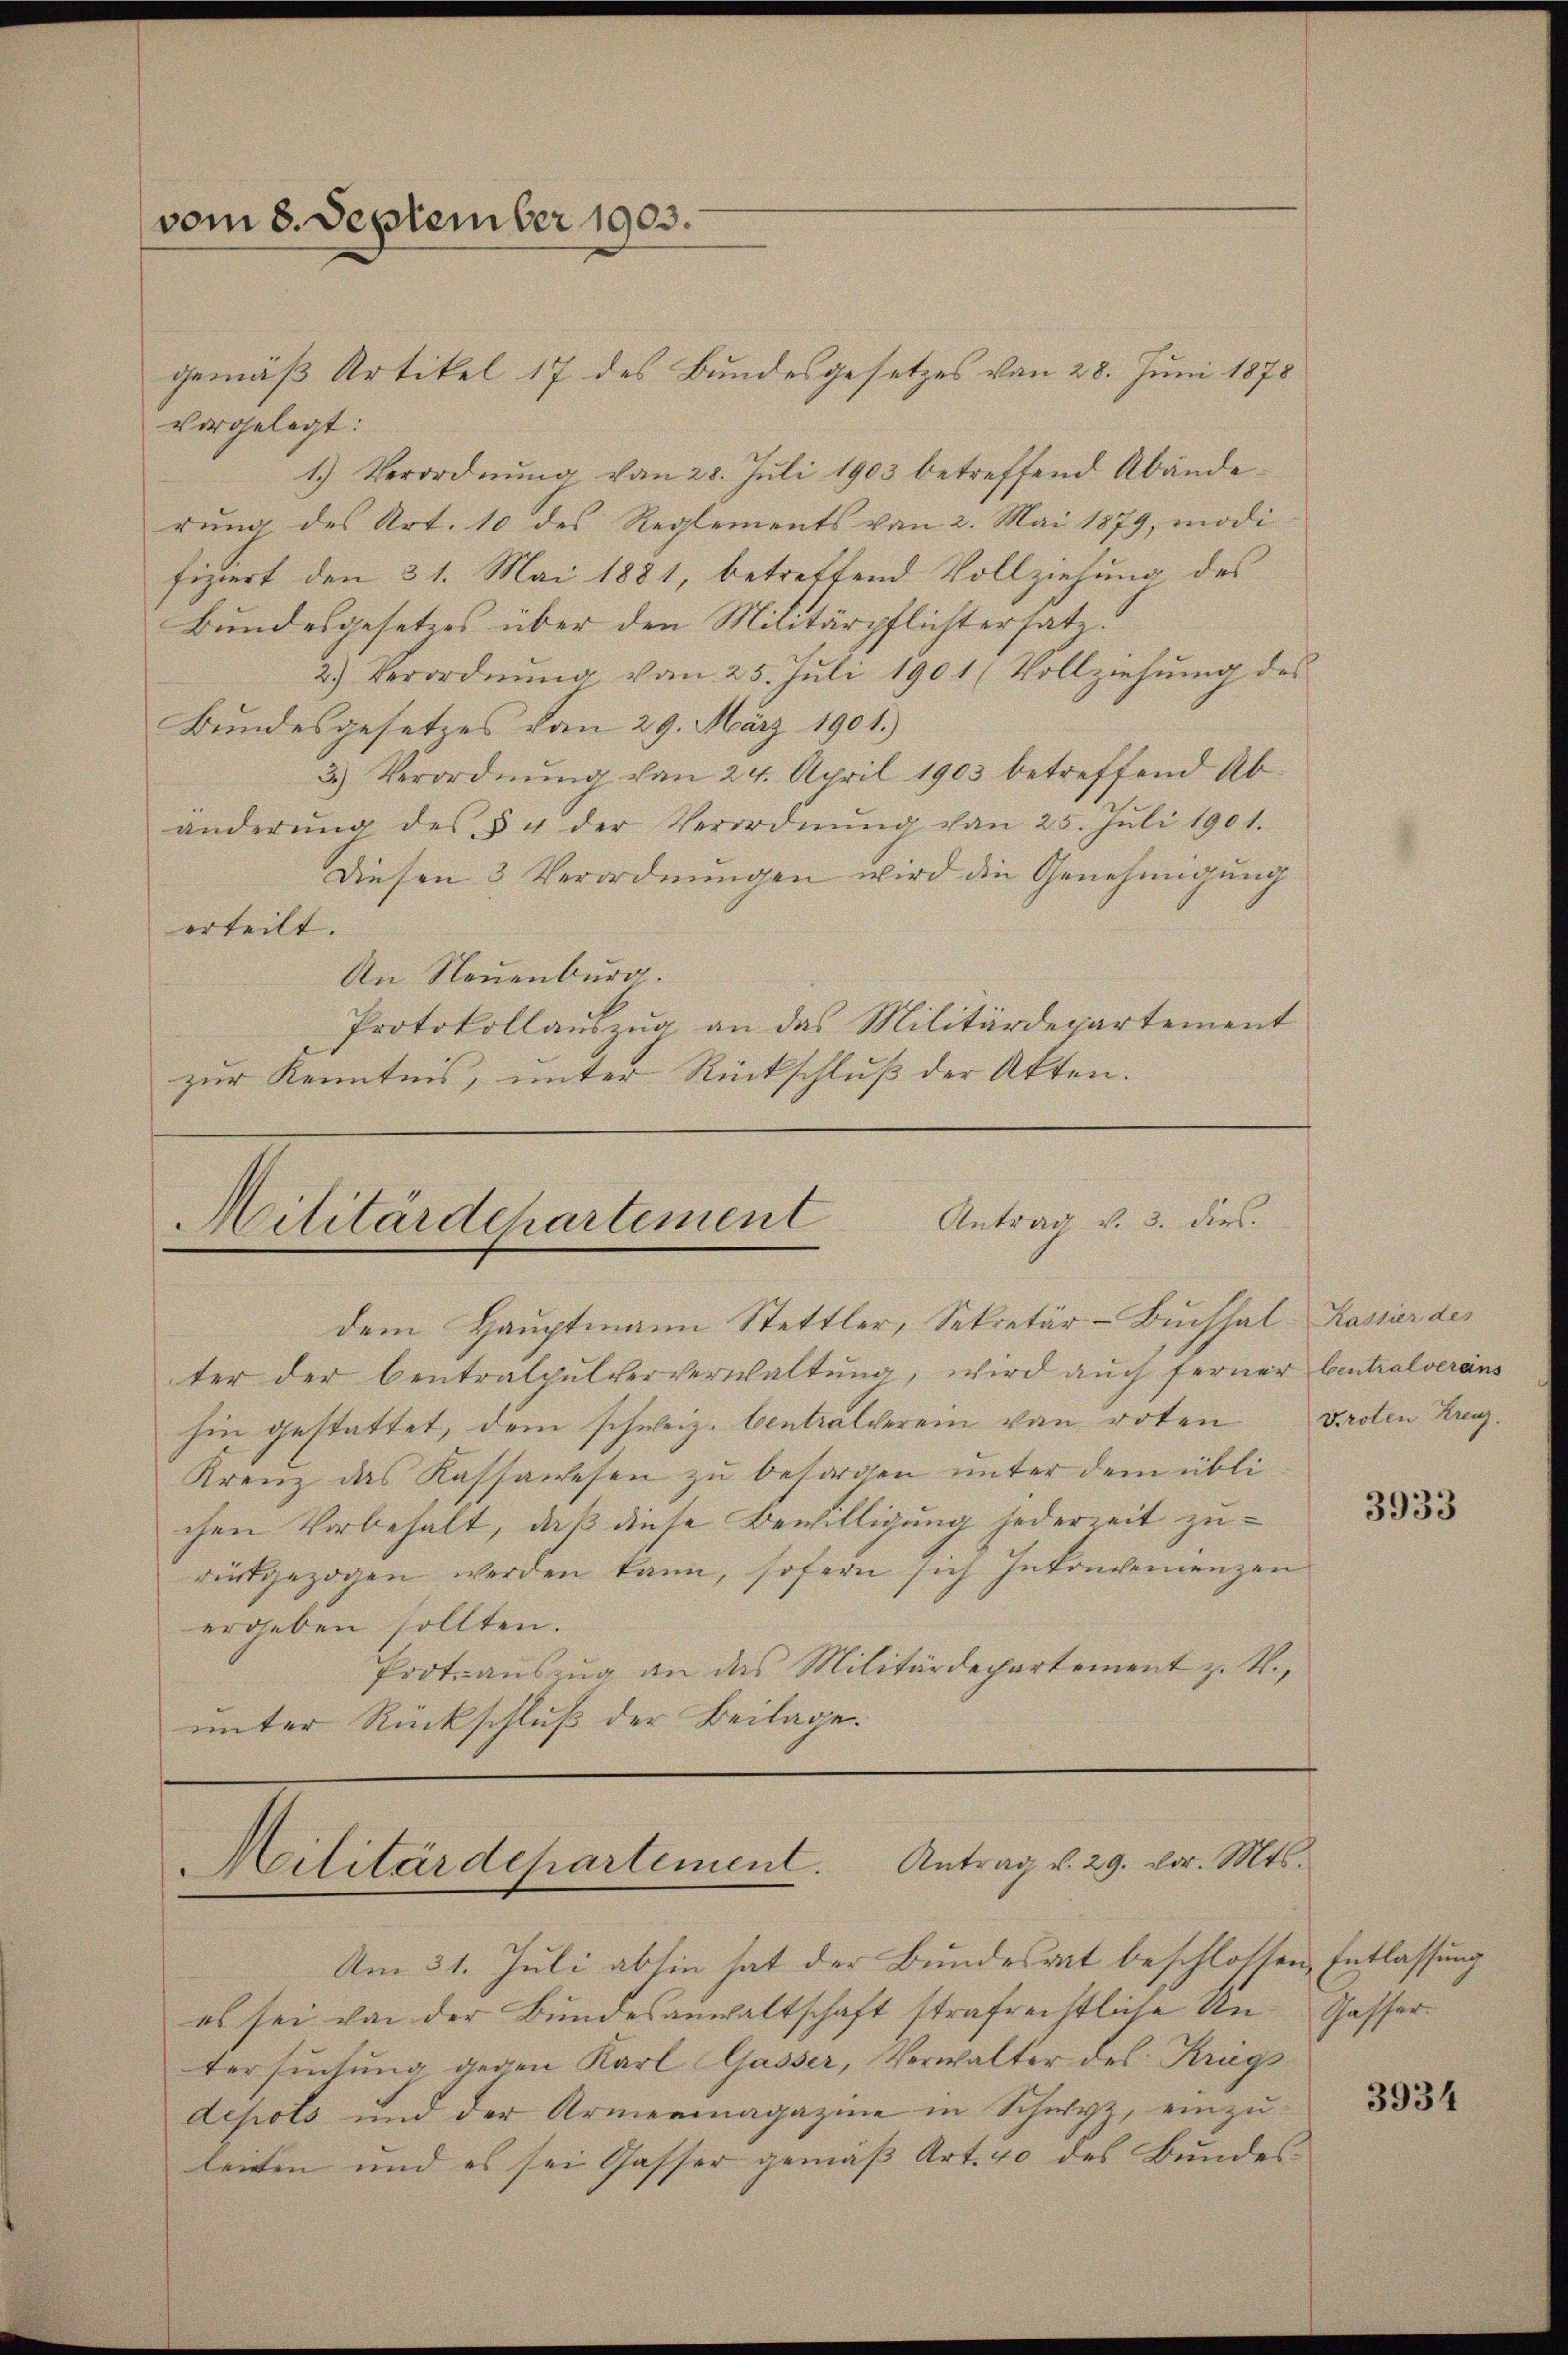
vom 8. September 1903.

gemäß Artikel 17 des Bundesgesetzes von 28. Juni 1878
vorgelegt:
1.) Verordnung vom 28. Juli 1903 betreffend Abänderung des Art. 10 des Reglements von 2. Mai 1879, modi-
fiziert den 31. Mai 1881, betreffend Vollziehung des
Bundesgesetzes über den Militärpflichtersatz.
2.) Verordnŭng vom 25. Jŭli 1901 (Vollziehŭng des
Bundesgesetzes vom 29. März 1901.)
3.) Verordnŭng von 24. April 1903 betreffend Ab-
änderŭng des § 4 der Verordnŭng von 25. Jŭli 1901.
Diesen 3 Verordnungen wird die Genehmigung
erteilt.
An Neuenburg.
Protokollauszug an das Militärdepartement
zur Kenntnis, unter Rückschluß der Akten.

Antrag v. 3. dies
Militärdehartement
dem Hauptmann Stettler, Sekretär-Buchhal Kasser des

Militärdepartement. Antrag v. 29. vor. Mts.

Am 31. Juli abhin hat der Bundesrat beschlossen Entlassung
ol sei von der Bundesanwaltschaft strafrechtliche Un- Gasser-
tersuchung gegen Karl Gasser, Verwalter des Kriegsdepots und der Armenmagazine in Schwyz, einzuleiten und es sei Gasser gemäß Art. 40 des Bundes¬

ter der Centralpulververwaltung, wird auch ferner Centralverans
hin gestattet, dem schweiz. Centralverein von roten
Kreuz das Kassawesen zu besorgen unter dem übli
chen Vorbehalt, daß diese Bewilligung jederzeit zurückgezogen werden kann, sofern sich Inkoncemenzen
ergeben sollten.
Portoauszug an das Militärdepartement z. B.,
unter Rückschluß der Beilage.

Kroten Kreuz.

3933

3934